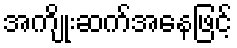
အကျိုးဆက်အနေဖြင့်